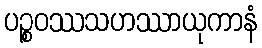
ပဉ္စဝဿသဟဿာယုကာနံ